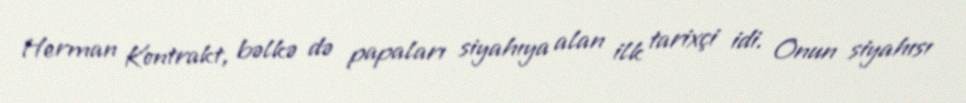
Herman Kontrakt, bəlkə də papaları siyahıya alan ilk tarixçi idi. Onun siyahısı